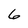
Character: 6